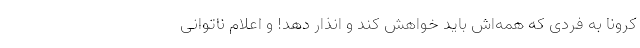
کرونا به فردی که همه‌اش باید خواهش کند و انذار دهد! و اعلام ناتوانی